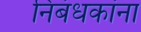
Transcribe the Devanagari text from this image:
निबंधकांना